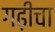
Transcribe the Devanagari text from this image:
गढ़ीचा